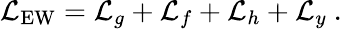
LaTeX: {\mathcal{L}}_{\mathrm{EW}}={\mathcal{L}}_{g}+{\mathcal{L}}_{f}+{\mathcal{L}}_{h}+{\mathcal{L}}_{y}~.